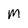
Character: M